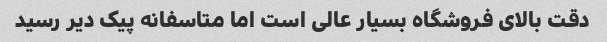
دقت بالای فروشگاه بسیار عالی است اما متاسفانه پیک دیر رسید